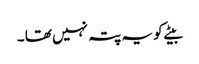
بیٹے کو یہ پتہ نہیں تھا ۔